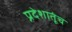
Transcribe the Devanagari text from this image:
प्रदेशातूंच